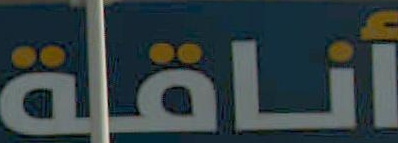
أناقية